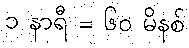
၁ နာရီ = ၆၀ မိနစ်